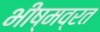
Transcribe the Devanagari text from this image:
भीष्मव्रत